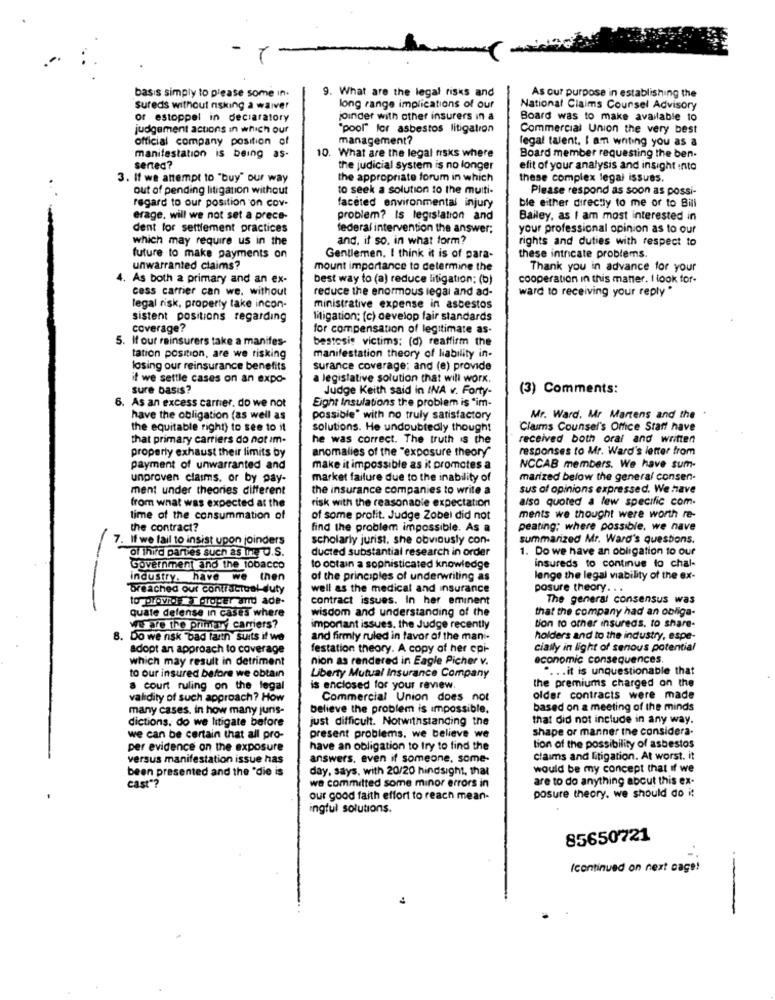
9. What are the legal risks and
basis simply to please some in.
As our purpose in establishing the
sureds without nsking a waiver
long range implications of our
National Claims Counsel Advisory
or estoppel in deciaratory
joinder with other insurers in a
Board was to make available to
judgement actions in which our
"pool" for asbestos litigation
Commercial Union the very best
official company position of
management?
legal talent, I am writing you as a
manifestation is being as-
10. What are the legal fisks where
Board member requesting the ben.
sented?
the judicial system is no longer
efit of your analysis and insight Into
3. If we attempt to "buy" our way
the appropriate forum in which
these complex legal issues.
out of pending litigation without
to seek a solution to the multi-
Please respond as soon as possi-
regard to our position on cov-
ble either directly to me or to Bill
faceted environmental injury
erage, will we not set a prece-
problem? Is legislation and
Bailey, as I am most interested in
dent for settlement practices
federal intervention the answer;
your professional opinion as to our
which may require us in the
and. if so. in what form?
rights and duties with respect to
future to make payments on
Gentlemen, I think it is of para-
these intricate problems.
unwarranted claims?
mount importance to determine the
Thank you in advance for your
. As both a primary and an ex-
best way to (a) reduce litigation; (b)
cooperation in this matter. I look for-
cess carrier can we. without
reduce the enormous legal and ad-
ward to receiving your reply "
legal risk, property take incon-
ministrative expense in asbestos
sistent positions regarding
litigation: (c) develop fair standards
coverage?
for compensation of legitimate as-
5. If our reinsurers take a manifes-
bestosis victims: (d) reaffirm the
tation position, are we risking
manifestation theory of liability in-
losing our reinsurance benefits
surance coverage; and (e) provide
if we settle cases on an expo-
a legislative solution that will work.
sure basis?
Judge Keith said in INA v. Forty-
(3) Comments:
Eight Insulations the problem is "im-
.As an excess carrier. do we not
have the obligation (as well as
possible" with no truly satisfactory
Mr. Ward. Mr Martens and the
the equitable right) to see to it
solutions. He undoubtedly though!
Claims Counsel's Office Staff have
that primary carriers do not am-
he was correct. The truth is the
received both oral and written
properly exhaust their limits by
anomalies of the "exposure theory"
responses to Mr. Ward's letter from
payment of unwarranted and
make it impossible as it promotes a
NCCAB members. We have sum-
unproven claims, or by pay-
market failure due to the inability of
marized below the general consen-
ment under theories different
the insurance companies to write a
sus of opinions expressed. We have
also quoted a lew specific com.
from what was expected at the
risk with the reasonable expectation
time of the consummation of
of some prolit. Judge Zobel did not
ments we thought were worth re-
the contract?
find the problem impossible. As a
peating; where possible. we have
7. If we fail to insist upon joinders
scholarly jurist. she obviously con-
summarized Mr. Ward's questions.
ducted substantial research in order
1. Do we have an obligation to our
of third parties such as try O.S.
Government and the tobacco
to obtain a sophisticated knowledge
insureds to continue to chal-
industry. have we then
of the principles of underwriting as
lenge the legal viability of the ex-
breached our contractuel-duty
well as the medical and insurance
posure theory. . .
to provio Toroper and ade-
contract issues. In her eminent
The general consensus was
quate defense in cases where
wisdom and understanding of the
that the company had an obliga-
we are the printery carriers?
important issues. the Judge recently
tion to other insureas, to share-
Do we nsk bad fann suits if we
and firmly ruled in favor of the mani-
holders and to the industry, espe-
adopt an approach to coverage
festation theory. A copy of her cpi-
cially in light of serious potential
which may result in detriment
nion as rendered in Eagle Picher v.
economic consequences.
.... it is unquestionable that
to our insured before we obtain
Liberty Mutual Insurance Company
the premiums charged on the
a court ruling on the legal
is enclosed for your review.
validity of such approach? How
Commercial Union does not
older contracts were made
many cases. in how many juris-
believe the problem is impossible.
based on a meeting of the minds
dictions. do we litigate before
just difficult. Notwithstanding the
that did not include in any way.
shape or manner the considera-
we can be certain that all pro-
present problems. we believe we
per evidence on the exposure
have an obligation to try to find the
tion of the possibility of asbestos
versus manifestation issue has
answers. even if someone, some-
claims and litigation. At worst. it
been presented and the "die is
day, says, with 20/20 hindsight, that
would be my concept that if we
are to do anything about this ex-
cast"?
we committed some minor errors in
our good faith effort to reach mean-
posure theory. we should do it
ingful solutions.
85650721
(continued on next cage!
--